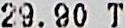
29.90 T